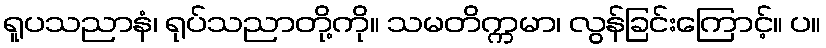
ရူပသညာနံ၊ ရုပ်သညာတို့ကို။ သမတိက္ကမာ၊ လွန်ခြင်းကြောင့်။ ပ။